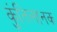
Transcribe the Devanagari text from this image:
कुंतिलानक